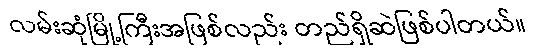
လမ်းဆုံမြို့ကြီးအဖြစ်လည်း တည်ရှိဆဲဖြစ်ပါတယ်။